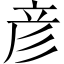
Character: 彦